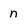
Character: n